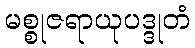
မစ္စုဇရာယုပဒ္ဒုတံ